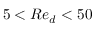
5 < R e _ { d } < 5 0